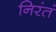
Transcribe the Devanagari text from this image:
निरंतं